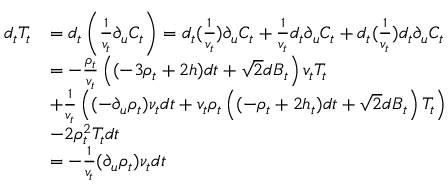
\begin{array} { r l } { d _ { t } T _ { t } } & { = d _ { t } \left( \frac { 1 } { v _ { t } } \partial _ { u } C _ { t } \right) = d _ { t } ( \frac { 1 } { v _ { t } } ) \partial _ { u } C _ { t } + \frac { 1 } { v _ { t } } d _ { t } \partial _ { u } C _ { t } + d _ { t } ( \frac { 1 } { v _ { t } } ) d _ { t } \partial _ { u } C _ { t } } \\ & { = - \frac { \rho _ { t } } { v _ { t } } \left( ( - 3 \rho _ { t } + 2 h ) d t + \sqrt { 2 } d B _ { t } \right) v _ { t } T _ { t } } \\ & { + \frac { 1 } { v _ { t } } \left( ( - \partial _ { u } \rho _ { t } ) \nu _ { t } d t + v _ { t } \rho _ { t } \left( ( - \rho _ { t } + 2 h _ { t } ) d t + \sqrt { 2 } d B _ { t } \right) T _ { t } \right) } \\ & { - 2 \rho _ { t } ^ { 2 } T _ { t } d t } \\ & { = - \frac { 1 } { v _ { t } } ( \partial _ { u } \rho _ { t } ) \nu _ { t } d t } \end{array}